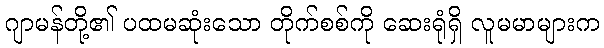
ဂျာမန်တို့၏ ပထမဆုံးသော တိုက်စစ်ကို ဆေးရုံရှိ လူမမာများက